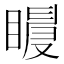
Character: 𥋀